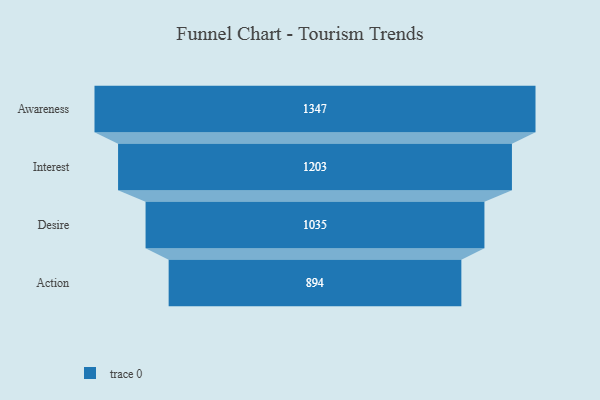
{"axis": {"x": "Stage", "y": "Value"}, "legend": [""], "data": [{"x": "Awareness", "y": 1347.0, "type": ""}, {"x": "Interest", "y": 1203.0, "type": ""}, {"x": "Desire", "y": 1035.0, "type": ""}, {"x": "Action", "y": 894.0, "type": ""}]}